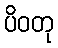
ပိဝတု